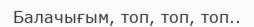
Балачығым, топ, топ, топ..